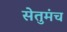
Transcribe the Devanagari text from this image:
सेतुमंच